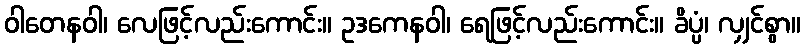
ဝါတေနဝါ၊ လေဖြင့်လည်းကောင်း။ ဥဒကေနဝါ၊ ရေဖြင့်လည်းကောင်း။ ခိပ္ပံ၊ လျှင်စွာ။